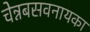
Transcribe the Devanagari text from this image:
चेन्नबसवनायका